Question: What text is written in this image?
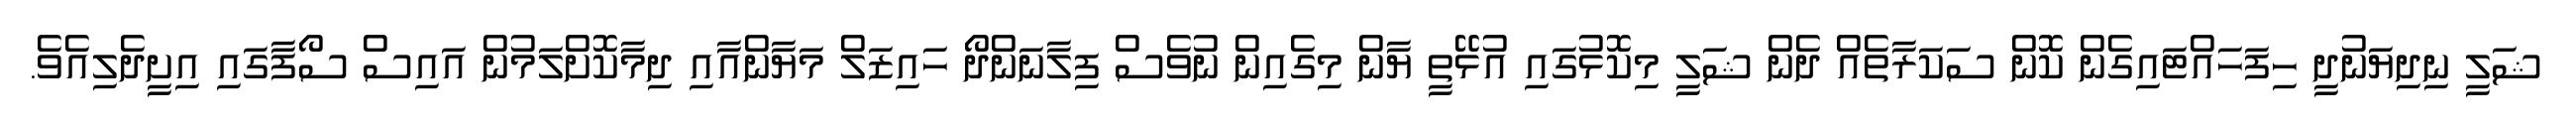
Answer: ޝަލީ ނިދިޔަނުދީ ހިފަހައްޓައިގެން ކޮން ސަކަރާތެއް ދެން ޝަލީ މިކޮޅުގައި އުޅޭތީ ޔާން މިގެއިން ނުވެސް ފިލާނަންދޯ ހައިޒަލް މަޔާންއާއި ދިމާކޮށްލަމުން އައިސް ސޯފާގައި އިށީދެލިއެވެ.